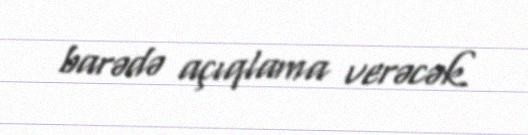
barədə açıqlama verəcək.